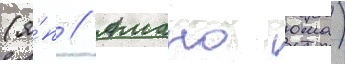
(я́п // Амано юма)